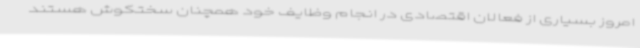
امروز بسیاری از فعالان اقتصادی در انجام وظایف خود همچنان سختکوش هستند